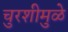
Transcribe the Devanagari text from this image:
चुरशीमुळे